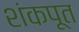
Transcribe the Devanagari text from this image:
शंकपूत